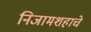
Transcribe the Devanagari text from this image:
निजामशहाचे